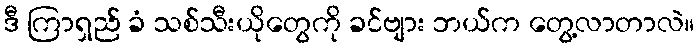
ဒီ ကြာရှည် ခံ သစ်သီးယိုတွေကို ခင်ဗျား ဘယ်က တွေ့လာတာလဲ။